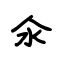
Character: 氽